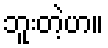
ဘူးတဲ့ဟ။